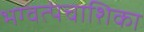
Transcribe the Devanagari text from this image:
भग्वत्पंचाशिका